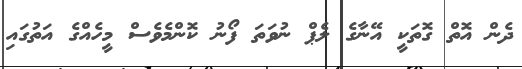
ދެން އޮތް ގޮތަކީ އޭނާގެ ލެޕް ނުވަތަ ފޯނު ކޮންމެވެސް މީހެއްގެ އަތުގައި